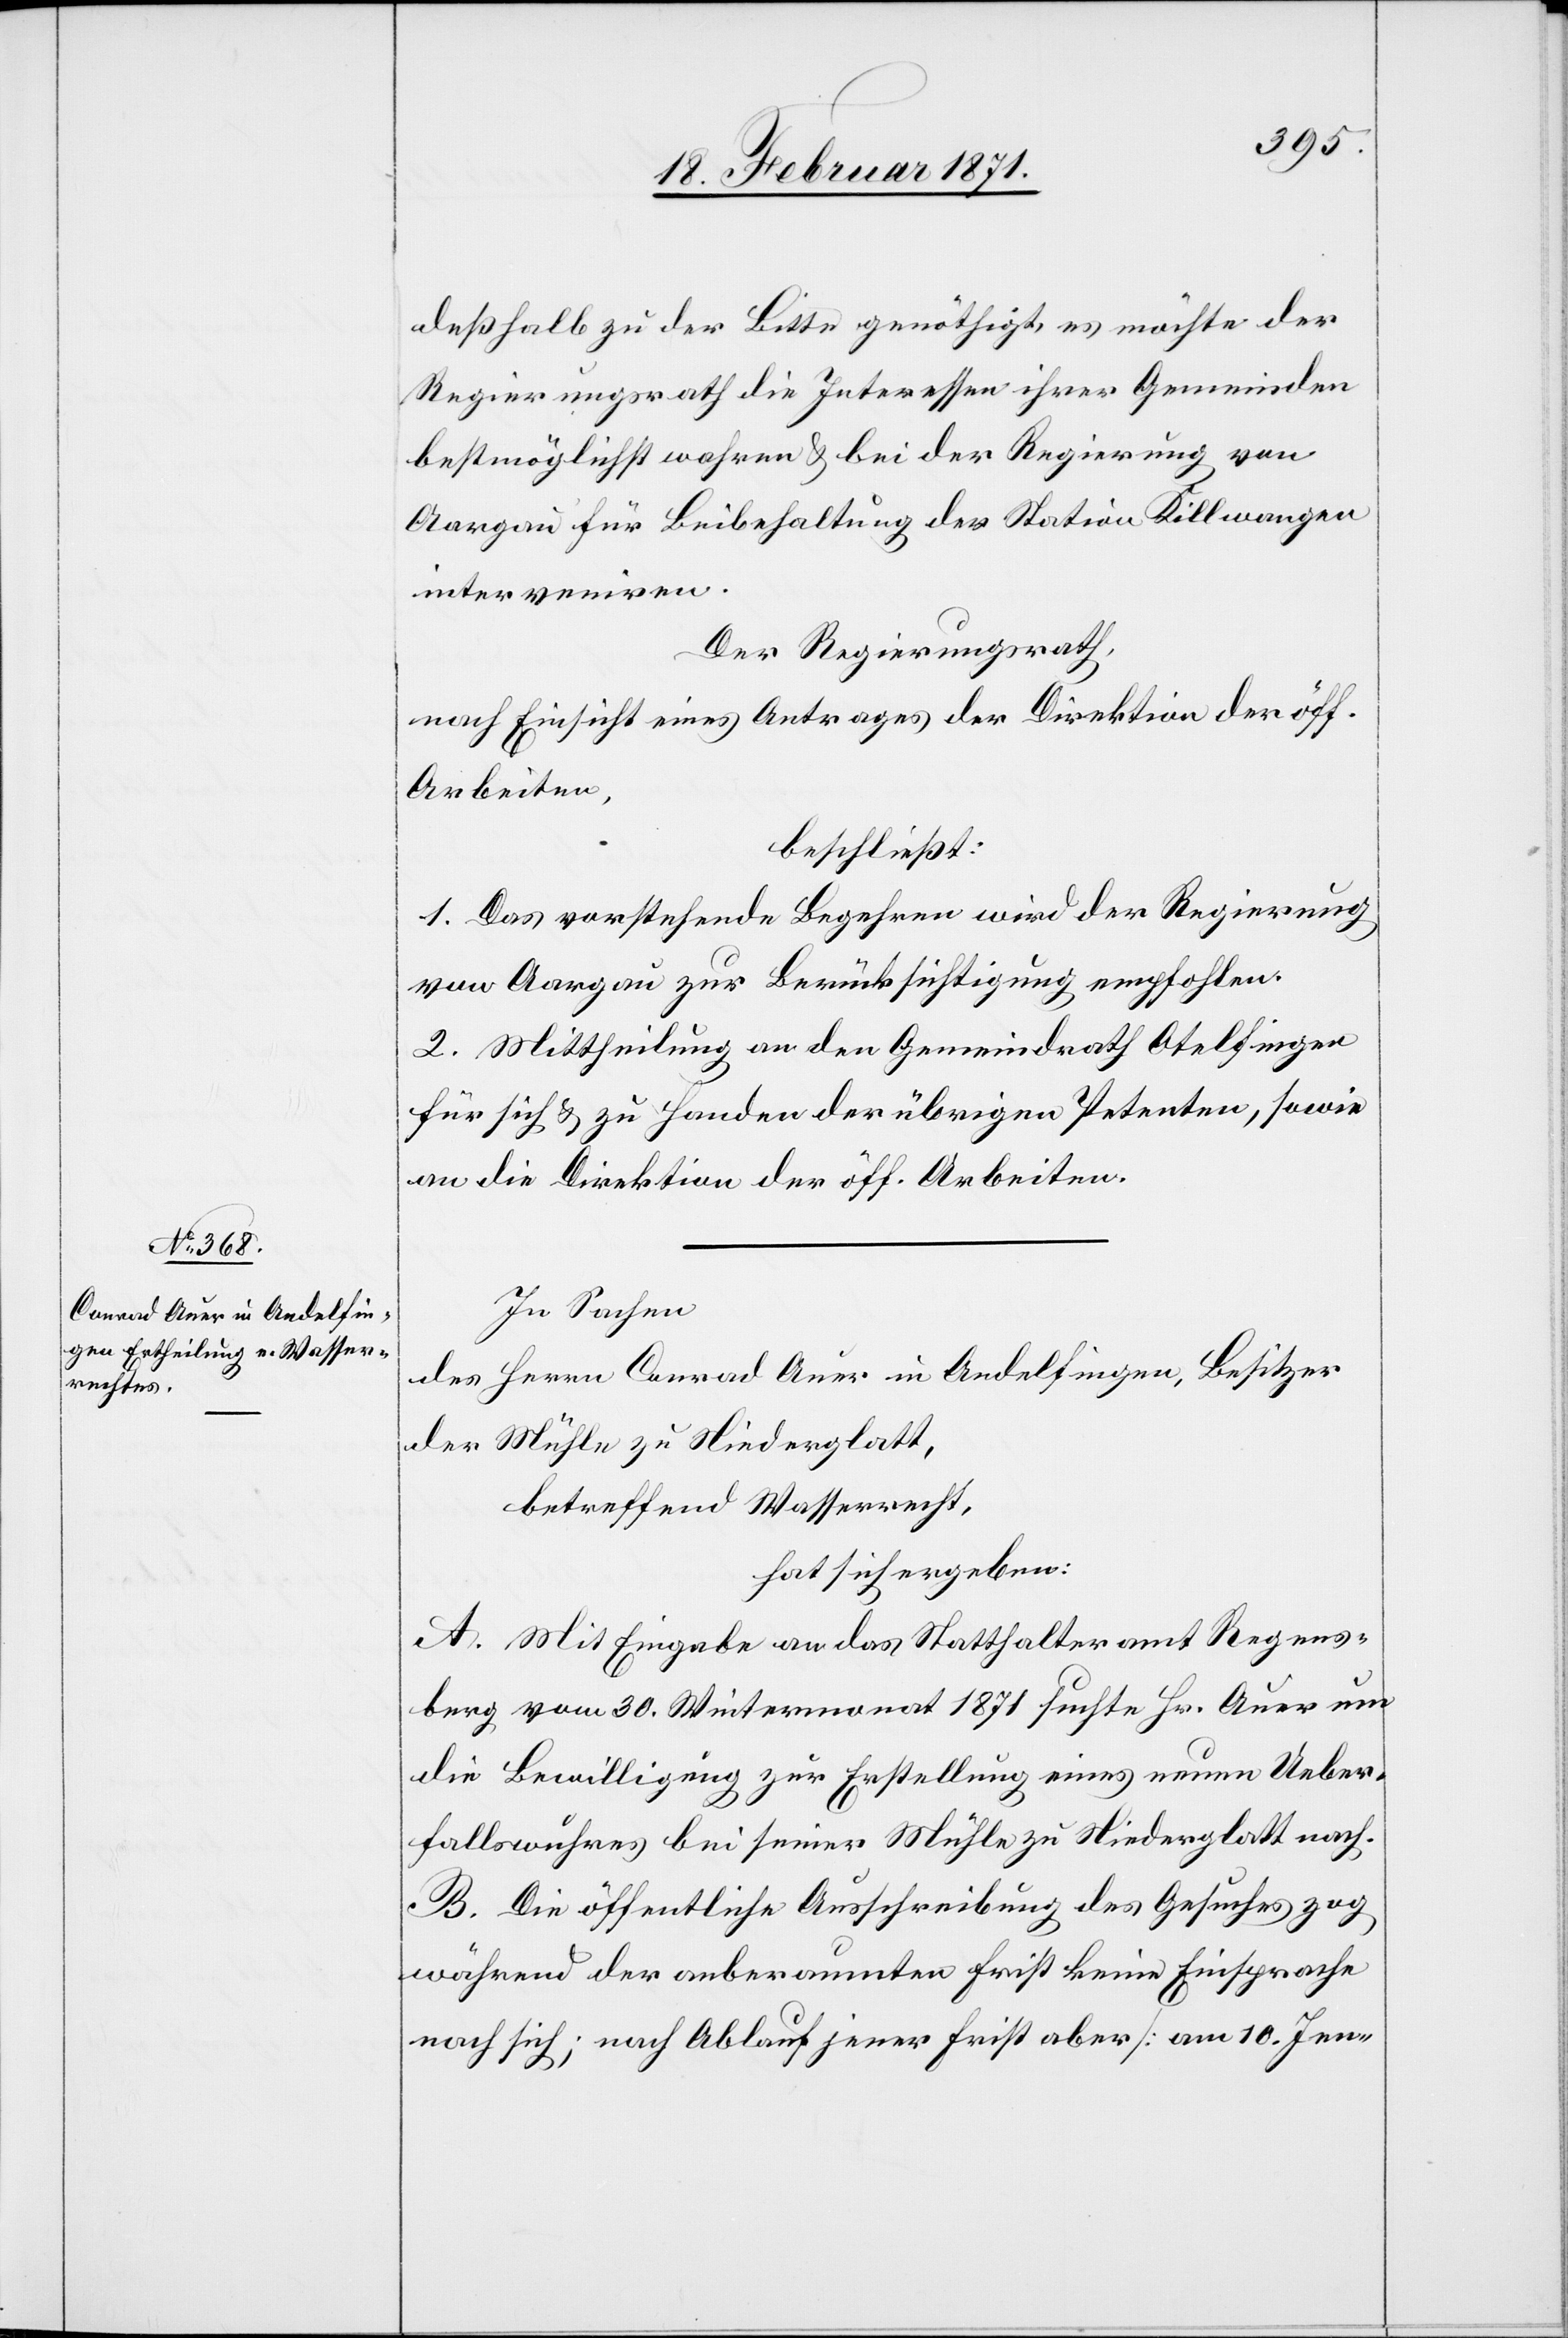
deßhalb zu der Bitte genöthigt, es möchte der
Regierungsrath die Interessen ihrer Gemeinden
bestmöglichst wahren u. bei der Regierung von
Aargau für Beibehaltung der Station Killwangen
interveniren.
Der Regierungsrath,
nach Einsicht eines Antrages der Direktion der öff.
Arbeiten,
beschließt:
1. Das vorstehende Begehren wird der Regierung
von Aargau zur Berücksichtigung empfohlen.
2. Mittheilung an den Gemeindrath Otelfingen
für sich u. zu Handen der übrigen Petenten, sowie
an die Direktion der öff. Arbeiten.
In Sachen
des Herrn Conrad Auer in Andelfingen, Besitzer
der Mühle zu Niederglatt,
betreffend Wasserrecht,
hat sich ergeben:
A. Mit Eingabe an das Statthalteramt Regens¬
berg vom 30. Wintermonat 1871 suchte Hr. Auer um
die Bewilligung zur Erstellung eines neuen Ueber¬
fallswuhres bei seiner Mühle zu Niederglatt nach.
B. Die öffentliche Ausschreibung des Gesuches zog
während der anberaumten Frist keine Einsprachen
nach sich,; nach Ablauf jener Frist aber [am 10. Jen-